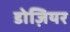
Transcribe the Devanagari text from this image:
डोज़ियर